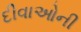
દીવાઓની